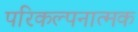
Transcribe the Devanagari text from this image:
परिकल्‍पनात्‍मक